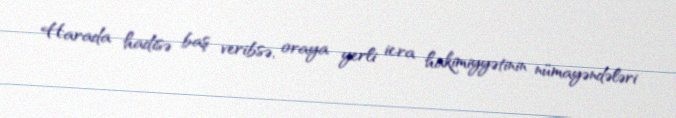
Harada hadisə baş veribsə, oraya yerli icra hakimiyyətinin nümayəndələri